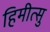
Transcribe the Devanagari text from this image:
हिमीत्सु